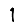
Digit: 1